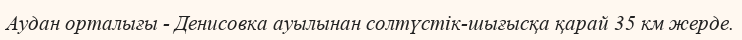
Аудан орталығы - Денисовка ауылынан солтүстік-шығысқа қарай 35 км жерде.